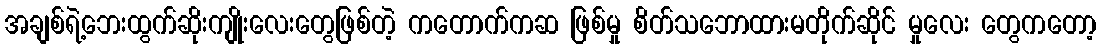
အချစ်ရဲ့ဘေးထွက်ဆိုးကျိုးလေးတွေဖြစ်တဲ့ ကတောက်ကဆ ဖြစ်မှု စိတ်သဘောထားမတိုက်ဆိုင် မှုလေး တွေကတော့